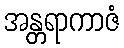
အန္တရာကာဇံ